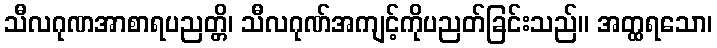
သီလဂုဏအာစာရပညတ္တိ၊ သီလဂုဏ်အကျင့်ကိုပညတ်ခြင်းသည်။ အတ္ထရသော၊